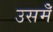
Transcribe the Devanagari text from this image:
उसमेँ